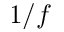
1 / f